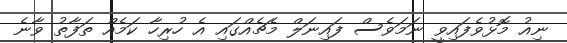
ނިއު މޮޅުވެފައިވީ ނަމަވެސް ފައިނަލް މެޗެއްގައި އެ ހުރިހާ ކަމެއް ތަފާތު ވާނެ